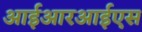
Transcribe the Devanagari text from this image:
आईआरआईएस